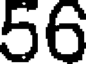
56